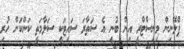
ޕްލޭނިން މިނިސްޓްރީ އިން ބުނީ އެ ސަތާރަ ސައިޓަކީ ސަލާމަތީ ކަންކަން ހުރި